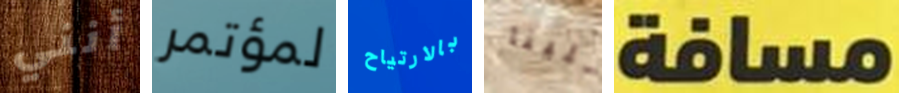
أنني لمؤتمر بالارتياح علينا مسافة